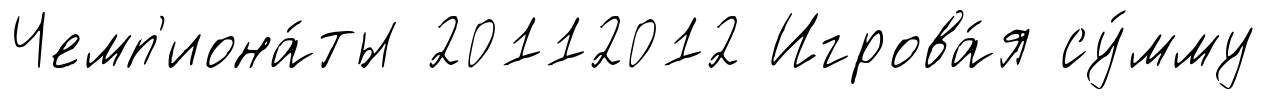
Чемп'иона́ты 20112012 Игрова́я су́мму